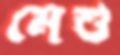
মেশু